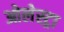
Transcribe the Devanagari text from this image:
ओलेस्ट्रा